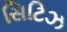
સિટિઝ